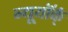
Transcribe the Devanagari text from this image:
न्यूयॉर्क्